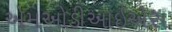
એમઓડીઆઈએસ